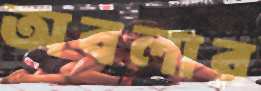
অবলার